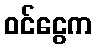
ဝင်ငွေက